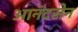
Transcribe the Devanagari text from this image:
आनंदसेन